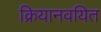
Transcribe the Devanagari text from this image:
क्रियानवयित